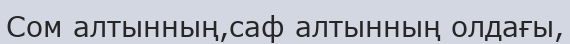
Сом алтынның,саф алтынның олдағы,